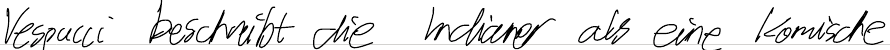
Vespucci beschreibt die Indianer als eine komische